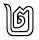
២